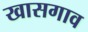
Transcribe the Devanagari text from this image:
खासगाव